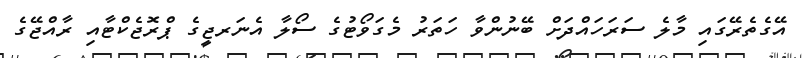
އޭގެތެރޭގައި މާލެ ސަރަހައްދަށް ބޭނުންވާ ހަތަރު މެގަވޯޓުގެ ސޯލާ އެނަރޖީގެ ޕްރޮޖެކްޓާއި ރާއްޖޭގެ